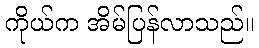
ကိုယ်က အိမ်ပြန်လာသည်။